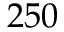
2 5 0